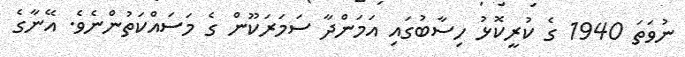
ނުވަތަ 1940 ގެ ކުރީކޮޅު ހިސާބުގައި އަމަންދާ ސަމަރަކޫން ގެ މަސައްކަތުންނެވެ. އޭނާގެ